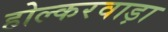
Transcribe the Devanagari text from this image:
होल्करवाड़ा